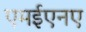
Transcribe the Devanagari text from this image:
एमईएनए